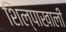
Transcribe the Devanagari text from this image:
शिल्पाखाली